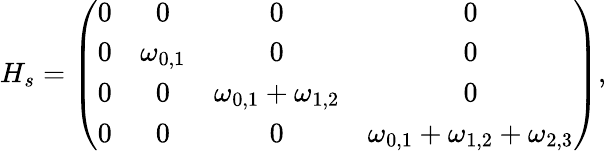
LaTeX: H_{s}=\left(\begin{array}{cccc}{0}&{0}&{0}&{0}\\ {0}&{\omega_{0,1}}&{0}&{0}\\ {0}&{0}&{\omega_{0,1}+\omega_{1,2}}&{0}\\ {0}&{0}&{0}&{\omega_{0,1}+\omega_{1,2}+\omega_{2,3}}\end{array}\right),